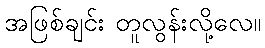
အဖြစ်ချင်း တူလွန်းလို့လေ။